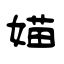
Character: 媌